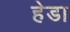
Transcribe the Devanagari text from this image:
हेडा